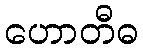
ဟောတီဓ